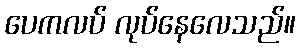
ပေကလပ် လုပ်နေလေသည်။